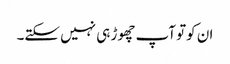
ان کوتو آپ چھوڑ ہی نہیں سکتے۔